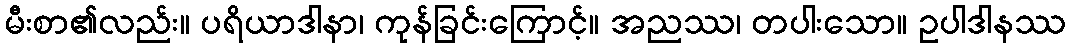
မီးစာ၏လည်း။ ပရိယာဒါနာ၊ ကုန်ခြင်းကြောင့်။ အညဿ၊ တပါးသော။ ဥပါဒါနဿ